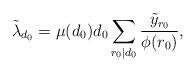
LaTeX: \begin{align*}\tilde{\lambda}_{d_0}=\mu(d_0)d_0\sum_{r_0|d_0}\frac{\tilde{y}_{r_0}}{\phi(r_0)},\end{align*}